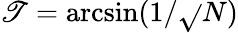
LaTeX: \mathscr{T}=\arcsin(1/{\sqrt{}{{N}}})